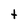
Character: t